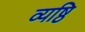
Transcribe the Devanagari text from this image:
व्यष्ठि